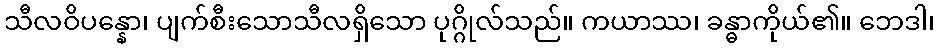
သီလဝိပန္နော၊ ပျက်စီးသောသီလရှိသော ပုဂ္ဂိုလ်သည်။ ကယာဿ၊ ခန္ဓာကိုယ်၏။ ဘေဒါ၊